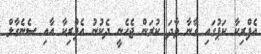
އެފްރިކާ ކަޕުގައި ގާނާ ވާދަ ކުރަން ޖެހެނީ ދެކުނު އެފްރިކާ އާއި ސެނެގާލް